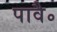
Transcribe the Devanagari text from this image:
पावै॰